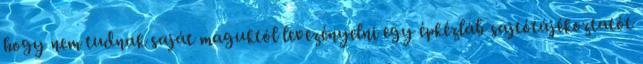
hogy nem tudnak saját maguktól levezényelni egy épkézláb sajtótájékoztatót